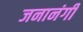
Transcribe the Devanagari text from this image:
जनानंगी